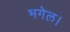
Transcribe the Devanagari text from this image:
भगेल।